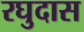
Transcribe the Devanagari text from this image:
रघुदास